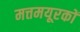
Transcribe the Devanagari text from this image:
मत्तमयूरकों